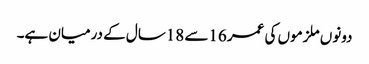
دونوں ملزموں کی عمر 16سے 18سال کے درمیان ہے۔